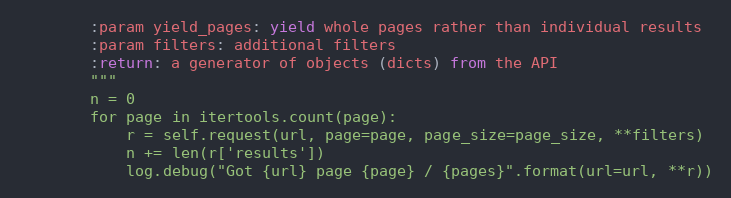
Language: Python
        :param yield_pages: yield whole pages rather than individual results
        :param filters: additional filters
        :return: a generator of objects (dicts) from the API
        """
        n = 0
        for page in itertools.count(page):
            r = self.request(url, page=page, page_size=page_size, **filters)
            n += len(r['results'])
            log.debug("Got {url} page {page} / {pages}".format(url=url, **r))